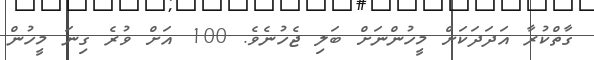
ގާތްކުރާ އަދަދަކަށް މީހުންނަށް ބަލި ޖެހުނެވެ. 100 އަށް ވުރެ ގިނަ މީހުން